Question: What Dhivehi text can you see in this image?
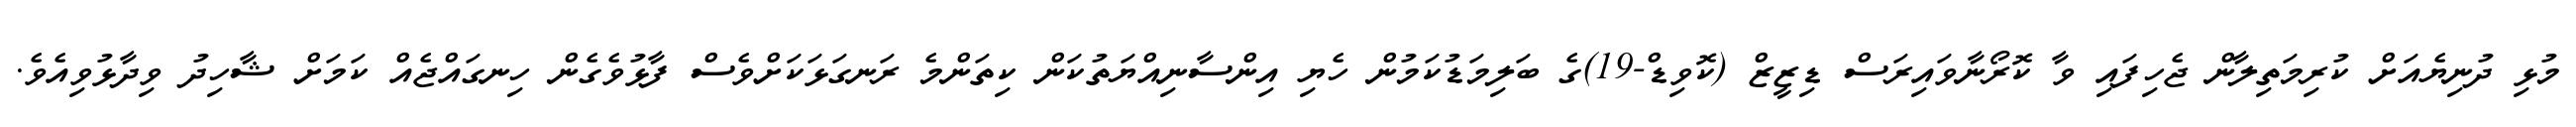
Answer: މުޅި ދުނިޔެއަށް ކުރިމަތިލާން ޖެހިފައި ވާ ކޮރޯނާވައިރަސް ޑިޒީޒް (ކޮވިޑް-19)ގެ ބަލިމަޑުކަމުން ހެޔި އިންސާނިއްޔަތުކަން ކިތަންމެ ރަނގަޅަކަށްވެސް ފާޅުވެގެން ހިނގައްޖެއް ކަމަށް ޝާހިދު ވިދާޅުވިއެވެ.